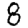
Digit: 8